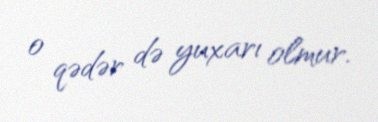
o qədər də yuxarı olmur.